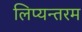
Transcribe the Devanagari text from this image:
लिप्यन्तरम